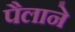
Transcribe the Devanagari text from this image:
पैलाने